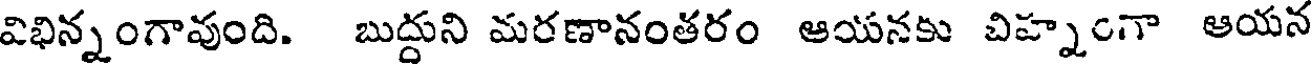
విభిన్నంగావుంది. బుద్దుని మరణానంతరం ఆయనకు చిహ్నంగా ఆయన